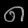
Digit: ၈